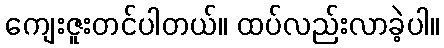
ကျေးဇူးတင်ပါတယ်။ ထပ်လည်းလာခဲ့ပါ။